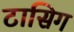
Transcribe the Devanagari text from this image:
टासिग